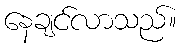
နေချင်လာသည်။